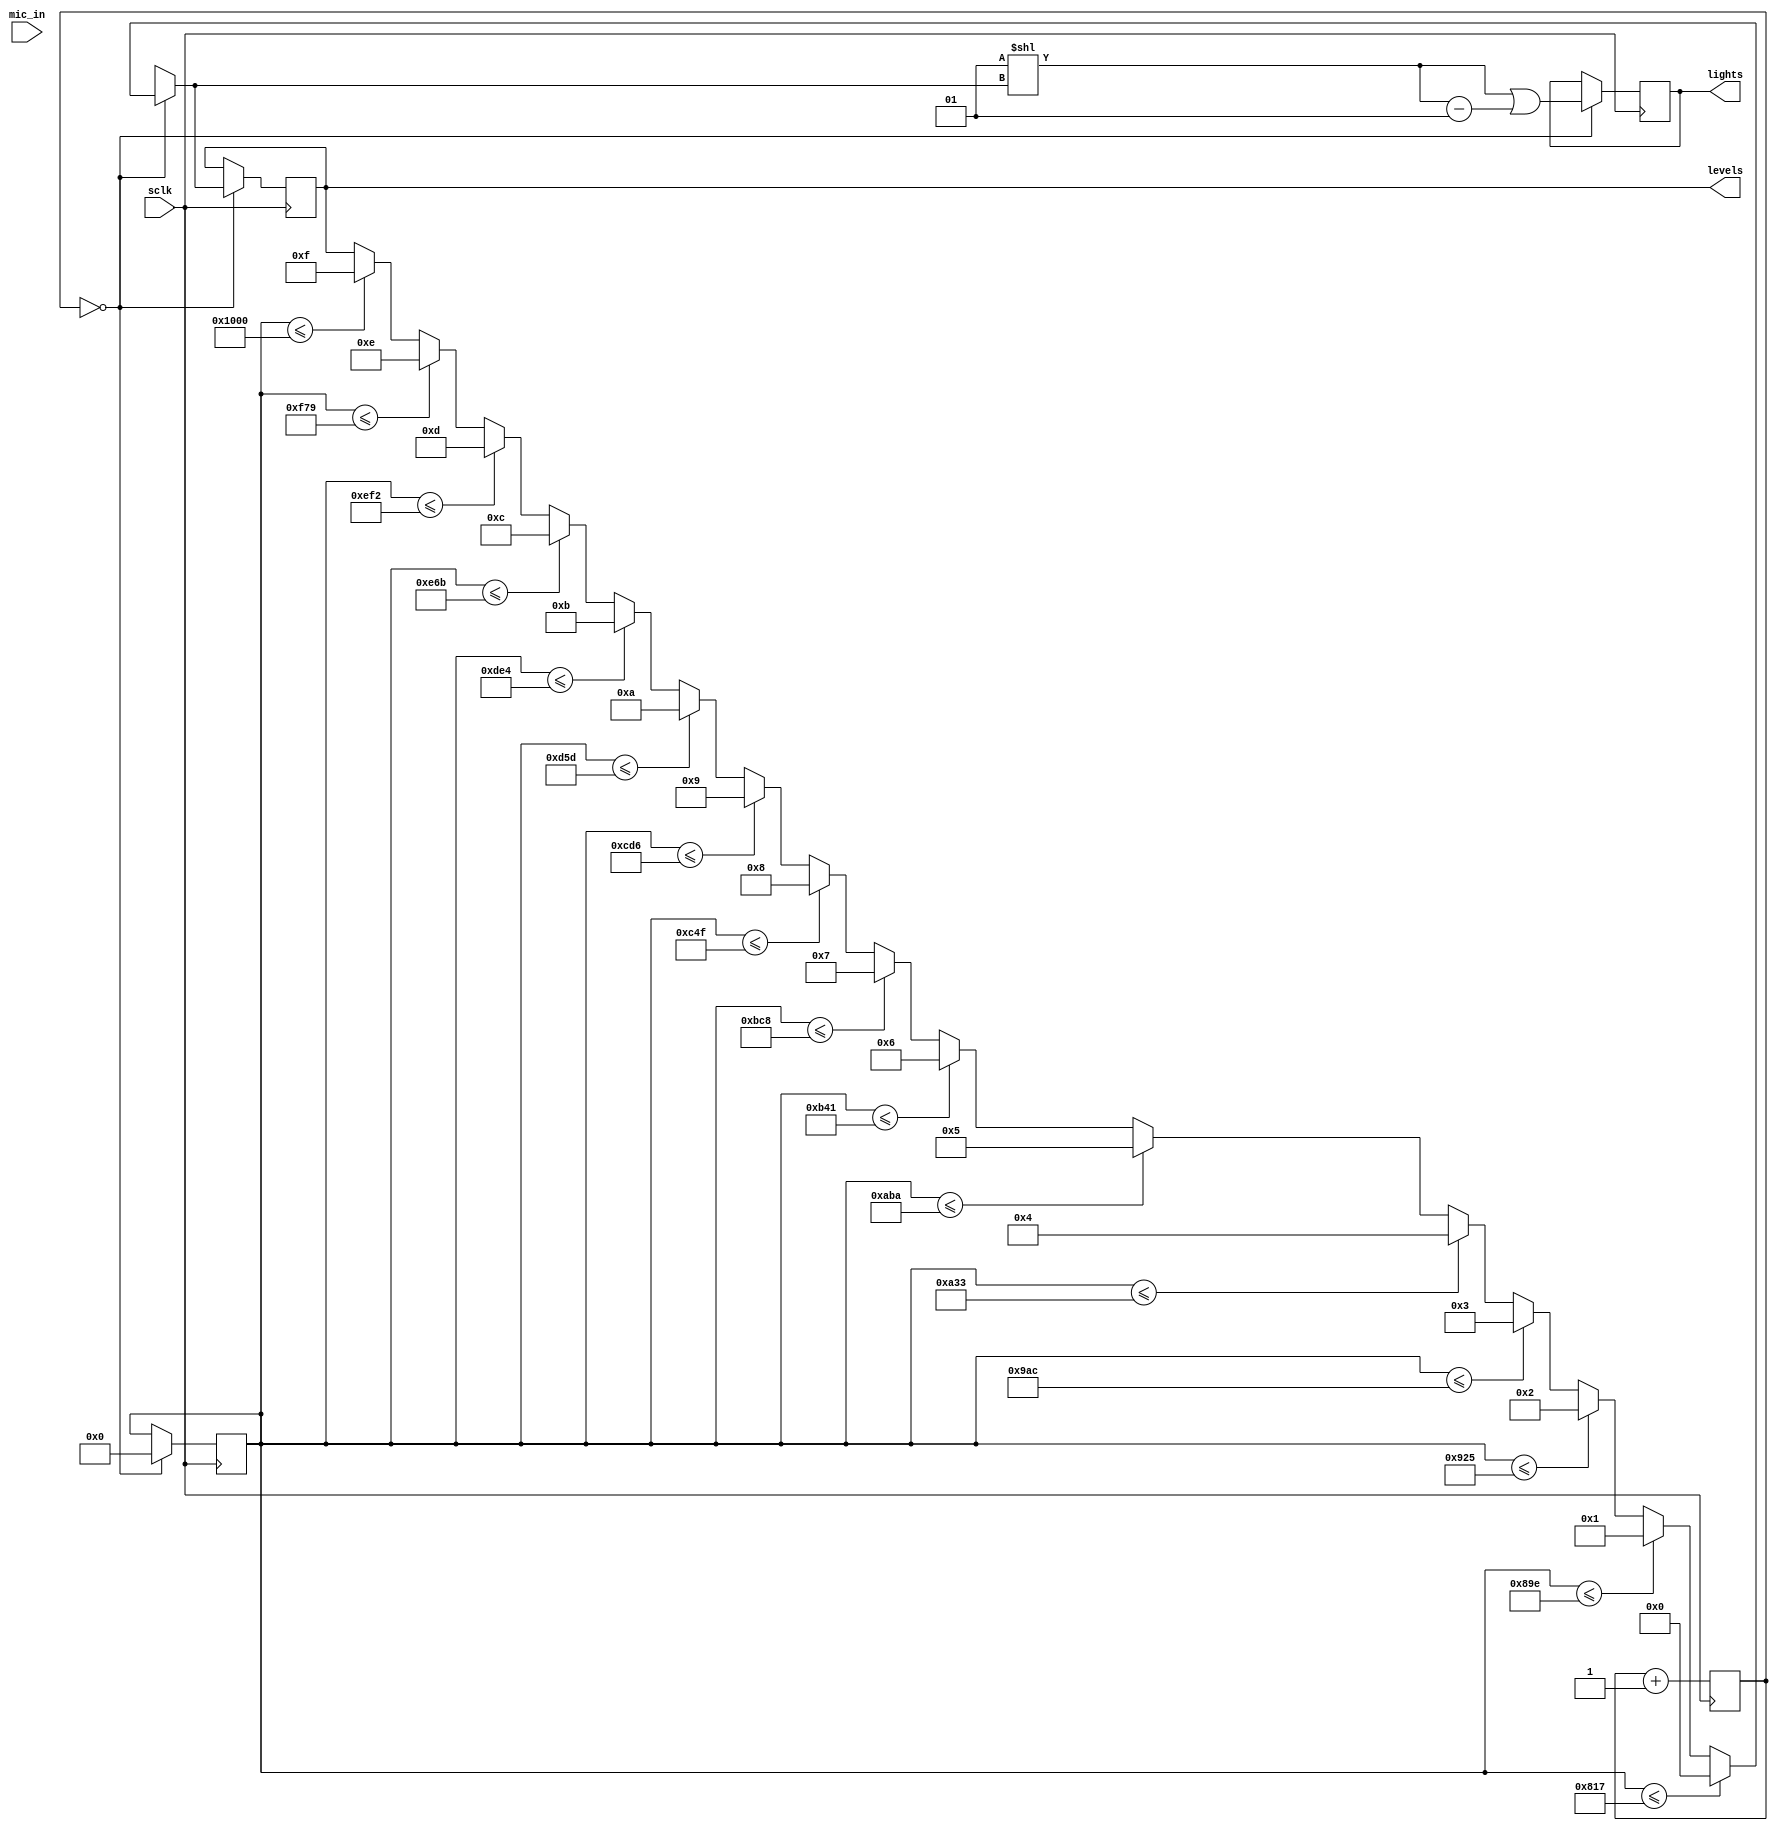
`timescale 1ns / 1ps
//////////////////////////////////////////////////////////////////////////////////
// Company: 
// Engineer: 
// 
// Design Name: 
// Module Name: volume_display
// Project Name: 
// Target Devices: 
// Tool Versions: 
// Description: 
// 
// Dependencies: 
// 
// Revision:
// Revision 0.01 - File Created
// Additional Comments:
// 
//////////////////////////////////////////////////////////////////////////////////


module volume_display(
    input sclk, // 20khz
    input [11:0] mic_in,
    //output reg [3:0] an,
    //output reg [7:0] seg,
    output reg [3:0] levels,
    output reg [15:0] lights
    );
    
    reg [11:0] max;
    reg [9:0] sample_count = 10'b0;
    
    always @(posedge sclk) begin
        sample_count <= sample_count + 1;
        if (mic_in > max) 
            max <= mic_in;
        if (sample_count == 0) begin
           // levels = (max - 2071 ) / 135; // (max - 1984) /132
            //levels = (levels << 1) + 1;
            if (max <= 2071)
                levels = 0;
            else if (max <= 2206)
                levels = 1;
            else if (max <= 2341)
                levels = 2;
            else if (max <= 2476)
                levels = 3;
            else if (max <= 2611)
                levels = 4;
            else if (max <= 2746)
                levels = 5;
            else if (max <= 2881)
                levels = 6;
            else if (max <= 3016)
                levels = 7;
            else if (max <= 3151)
                levels = 8;
            else if (max <= 3286)
                levels = 9;
            else if (max <= 3421)
                levels = 10;
            else if (max <= 3556)
                levels = 11;
            else if (max <= 3691)
                levels = 12;
            else if (max <= 3826)
                levels = 13;
            else if (max <= 3961)
                levels = 14;
            else if (max <= 4096)
                levels = 15;           

            //  
             
            lights <= ((2 ** levels) | ((2 ** levels) -1));
            max = 0;
        end
    
    
    
     end       

                        
endmodule